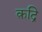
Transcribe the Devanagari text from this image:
क़द्रि